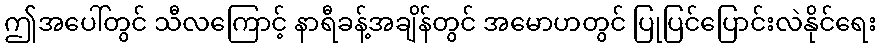
ဤအပေါ်တွင် သီလကြောင့် နာရီခန့်အချိန်တွင် အမောဟတွင် ပြုပြင်ပြောင်းလဲနိုင်ရေး